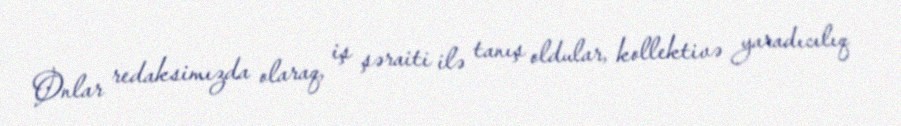
Onlar redaksimızda olaraq, iş şəraiti ilə tanış oldular, kollektivə yaradıcılıq